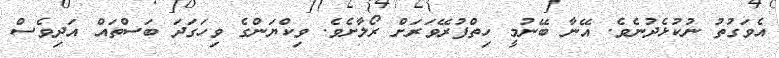
އެވަގުތު ނުކުޅެދުނެވެ. އޭނާ ބޭނުމީ ހިތްފުރޭވަރަށް ރޯލާށެވެ. ވިކްޔަންގެ ވިހަގަދަ ބަސްތައް އަދިވެސް